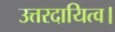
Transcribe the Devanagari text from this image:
उत्तरदायित्व।